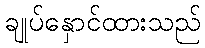
ချုပ်နှောင်ထားသည်